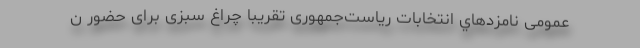
عمومی نامزدهاي انتخابات ریاست‌جمهوری تقریبا چراغ سبزی برای حضور ن